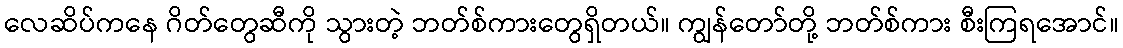
လေဆိပ်ကနေ ဂိတ်တွေဆီကို သွားတဲ့ ဘတ်စ်ကားတွေရှိတယ်။ ကျွန်တော်တို့ ဘတ်စ်ကား စီးကြရအောင်။